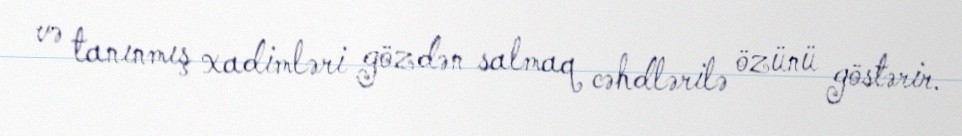
və tanınmış xadimləri gözdən salmaq cəhdlərilə özünü göstərir.